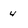
Character: 4